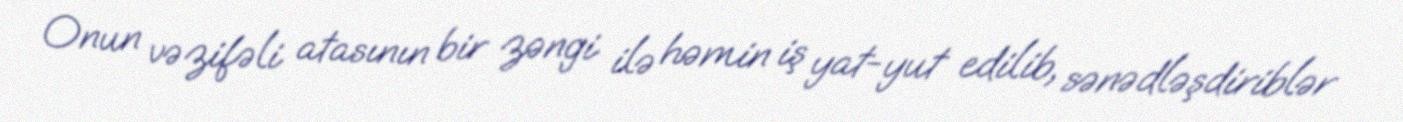
Onun vəzifəli atasının bir zəngi ilə həmin iş yat-yut edilib, sənədləşdiriblər